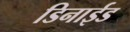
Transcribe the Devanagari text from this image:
डिनाईड